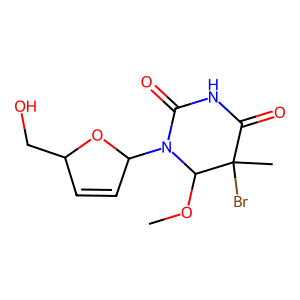
SMILES: COC1N(C2C=CC(CO)O2)C(=O)NC(=O)C1(C)Br
Inhibits HIV replication: No